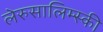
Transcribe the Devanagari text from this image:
लेरुसालिम्स्की